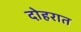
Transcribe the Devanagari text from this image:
दोहरात